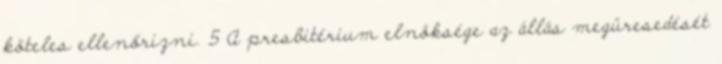
köteles ellenőrizni. 5 A presbitérium elnöksége az állás megüresedését